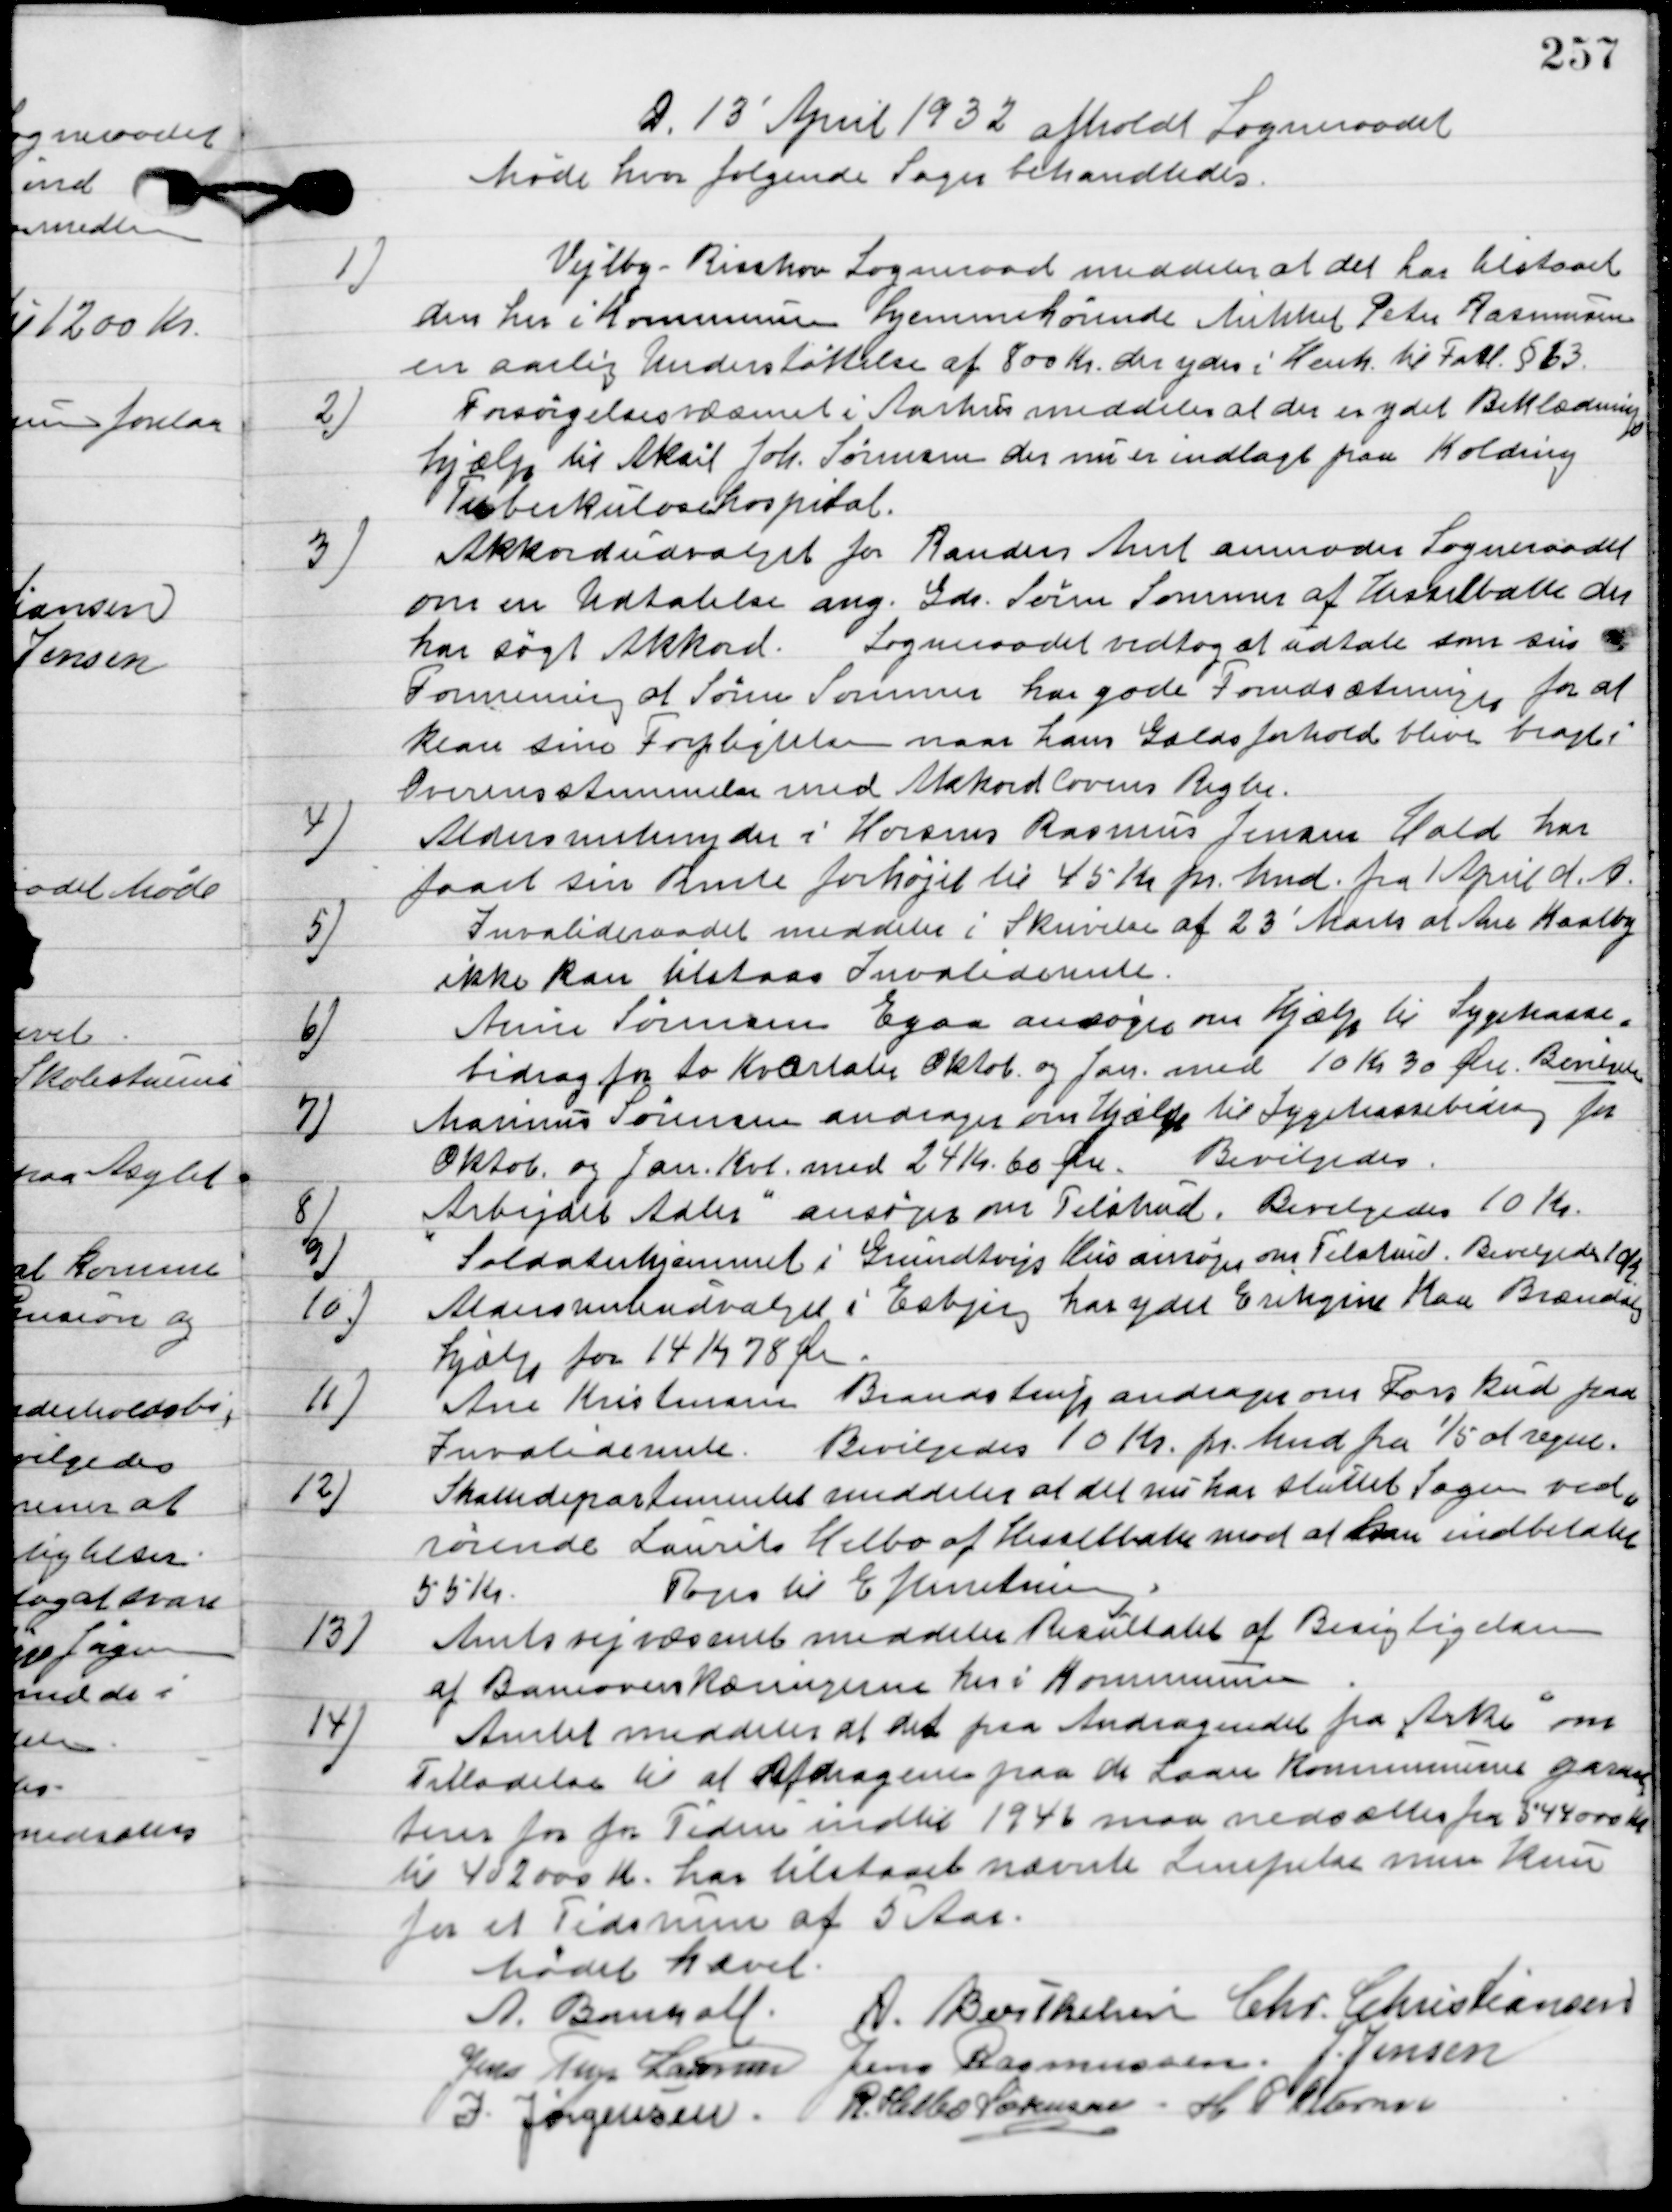
Transskription:
13´ April 1932 afholdt Sogneraadet
Møde hvor følgende Sager behandledes.

1

Vejlby-Risskov Sogneraad meddeler at det har tilstaaet
den her i kommunen hjemmehørende Mikkel Peter Rasmussen
en aarlig understøttelse af 800 Kr. der ydes i Henh. Til Fatl. § 63.

2.

Forøgelsesvæsenet i Aarhus meddeler at der er ydet Beklædnings
hjælp til Aksel Joh. Sørensen der nu er indlagt paa Kolding
Tuberkulosehospital.

3.

Akkordudvalget for Randers Amt anmoder Sogneraadet
om en Udtalelse ang. Gdr. Søren Sommer af Hesselballe der
har søgt akkord. Sogneraadet vedtog at udtale som sin
Formening at Søren Sommer har gode forudsætninger for at
klare sine forpligtelser naar hans Gældsforhold bliver bragt
i Overensstemmelse med Akkordlovens Regler.

4.

Aldersrentenyder i Horsens Rasmus Jensen Hald har
faaet sin rente forhøjet til 45 Kr. pr. Mnd. Fra 1 April d. A.

5.

Invalideraadet meddeler i Skrivelse af 23´ Marts at Ane Kaalby
ikke kan tilstaaes Invaliderente.

6.

Amie Sørensen Egaa ansøger om Hjælp til Sygekasse-
bidrag for to Kvartaler Oktob. og Jan. Med 10 Kr. 30 Øre.
Bevilgedes

7.

Marius Sørensen andrager om Hjælp til Sygekasse-
bedrag for Oktob. Og Jan. Kvt. med 24 Kr. 60 Øre.
Bevilgedes.

8.

Arbejdet Adler ansøger om Tilskud.
Bevilgedes 10 Kr.

9.

Soldaterhjemmet i Grundtvigs Hus ansøger om Tilskud.
Bevilgedes 10 Kr.

10.

Aldersrenteudvalget i Esbjerg har ydet Erikgine Kaa Brændsels-
hjælp for 14 Kr. 78 Øre.

11.

Ane Kristensen Brandstrup andrager om forskud paa
 Invaliderente.
Bevilgedes 10 Kr. pr. Mnd. Fra 1/5 at regne.

12.

Skattedepartementet meddeler at det nu har sluttet Sagen ved-
rørende Laurits Helbo af Hesselballe med at han indbetaler
55 Kr.
Toges til Efterretning.

13

Amtsvejvæsenet meddeler Resultatet af Besigtigelsen
af Baneoverskæringerne her i Kommunen.

14

Amtet meddeler at det paa Andragendet fra ”Arke” om
Tilladelse til at Afdragende paa de Laan Kommunens garan-
tien for for Tiden indtil 1946 maa nedsættes fra 844000 Kr.
til 402000 Kr. har tilstaaet nævnte Lempelse men kun
for et Tidsrum af 5 Aar.

Mødet hævet.

A.	Bomholt
A. Berthelsen
Chr. Christiansen
Jens Terp Laursen
Jens Rasmussen
Jens Jensen
I. Jørgensen
R. Helbo Sørensen
H. P. Pedersen